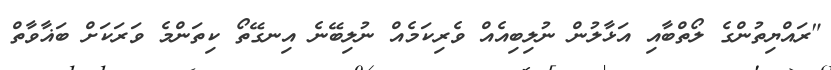
"ރައްޔިތުންގެ ލޯތްބާއި އަޅާލުން ނުލިބިއެއް ވެރިކަމެއް ނުލިބޭނެ އިނގޭތޯ ކިތަންމެ ވަރަކަށް ބަޣާވާތް